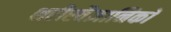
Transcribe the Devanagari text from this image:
शरीरवैज्ञानिकों